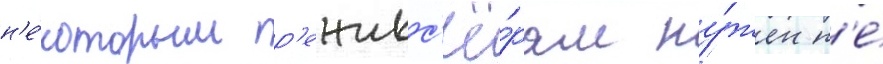
н'е́которым р'ежисс'ё́рам ну́жен н'е́